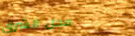
محل الشرق